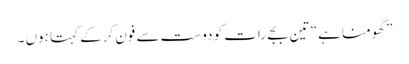
” گھومنا ہے“ تین بجے رات کو دوست سے فون کرکے کہتا ہوں ۔